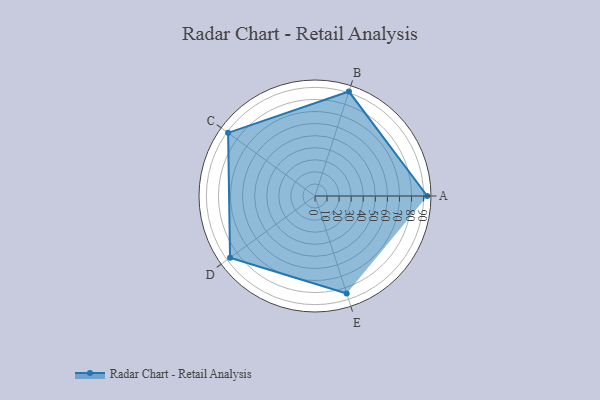
{"axis": {"x": "Skill", "y": "Score"}, "legend": ["Profile"], "data": [{"x": "A", "y": 93.0, "type": "Profile"}, {"x": "B", "y": 91.0, "type": "Profile"}, {"x": "C", "y": 89.0, "type": "Profile"}, {"x": "D", "y": 87.0, "type": "Profile"}, {"x": "E", "y": 85.0, "type": "Profile"}]}